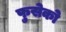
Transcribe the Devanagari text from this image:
फुसेको